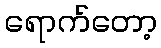
ရောက်တော့